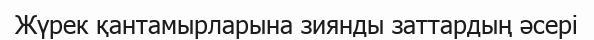
Жүрек қантамырларына зиянды заттардың әсері